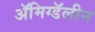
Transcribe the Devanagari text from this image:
ॲमिग्डॅलीन